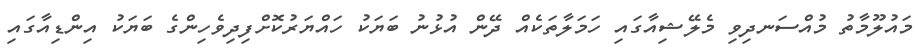
މައުލޫމާތު މުއްސަނދިވި މެލޭޝިއާގައި ހަމަލާތަކެއް ދޭން އުޅުނު ބަޔަކު ހައްޔަރުކޮށްފިދިވެހިންގެ ބަޔަކު އިންޑިއާގައި